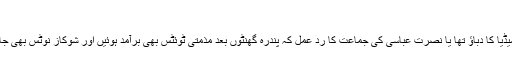
"
سوشل میڈیا کا دباؤ تھا یا نصرت عباسی کی جماعت کا ردِ عمل کہ پندرہ گھنٹوں بعد مذمتی ٹوئٹس بھی برآمد ہوئیں اور شوکاز نوٹس بھی جاری ہوا۔